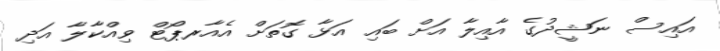
އައިސް ނަޝީދުގެ އާއިލާ އަށް ބައި އަޅާ ގޮތަށް އެއާރޕޯޓް ވިއްކާލާ އަދި